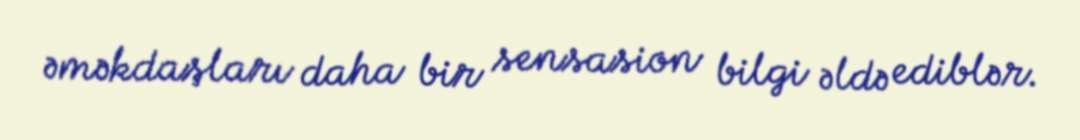
əməkdaşları daha bir sensasion bilgi əldə ediblər.